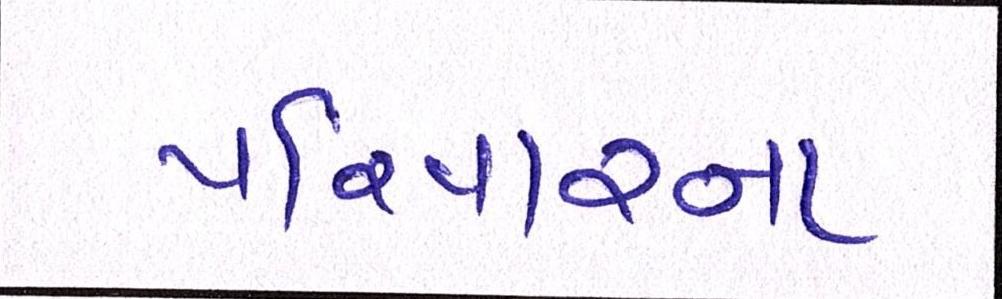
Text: પરિવારના